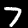
Digit: 7